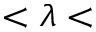
< \lambda <